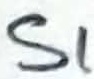
Text: S1